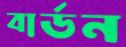
বার্ডন